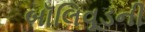
બૉલિવૂડની